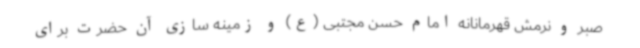
صبر و نرمش قهرمانانه امام حسن مجتبی (ع) و زمینه سازی آن حضرت برای